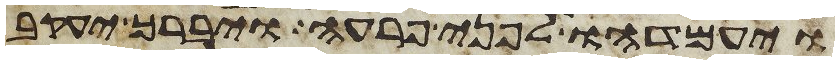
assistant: ויעמדהו לפני פרעה ויברך יעקב